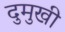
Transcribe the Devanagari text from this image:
दुमुखी